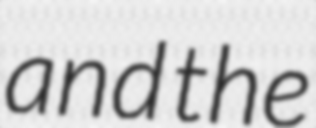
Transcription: and the